Indian journal of veterinary science and animal husbandry - Volumes 15-17, 1948-1951
Year: 1948
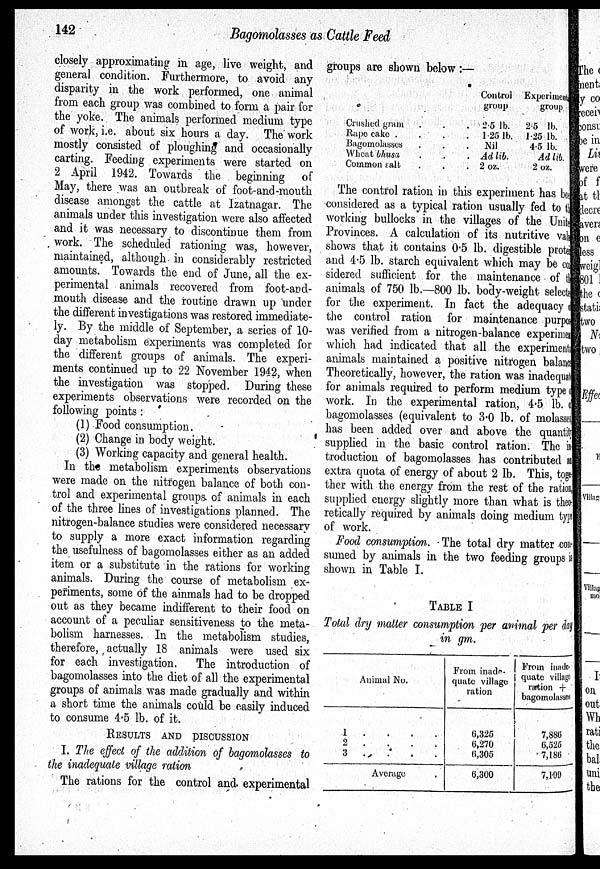
142
Bagomolasses as Cattle Feed
closely approximating in age, live weight, and
general condition. Furthermore, to avoid any
disparity in the work performed, one animal
from each group was combined to form a pair for
the yoke. The animals performed medium type
of work, i.e. about six hours a day. The work
mostly consisted of ploughing and occasionally
carting. Feeding experiments were started on
2 April 1942. Towards the beginning of
May, there was an outbreak of foot-and-mouth
disease amongst the cattle at Izatnagar. The
animals under this investigation were also affected
and it was necessary to discontinue them from
work. The scheduled rationing was, however,
maintained, although in considerably restricted
amounts. Towards the end of June, all the ex-
perimental animals recovered from foot-and-
mouth disease and the routine drawn up under
the different investigations was restored immediate-
ly. By the middle of September, a series of 10-
day metabolism experiments was completed for
the different groups of animals. The experi-
ments continued up to 22 November 1942, when
the investigation was stopped. During these
experiments observations were recorded on the
following points:
(1) Food consumption.
(2) Change in body weight.
(3) Working capacity and general health.
In the metabolism experiments observations
were made on the nitrogen balance of both con-
trol and experimental groups of animals in each
of the three lines of investigations planned. The
nitrogen-balance studies were considered necessary
to supply a more exact information regarding
the usefulness of bagomolasses either as an added
item or a substitute in the rations for working
animals. During the course of metabolism ex-
periments, some of the ainmals had to be dropped
out as they became indifferent to their food on
account of a peculiar sensitiveness to the meta-
bolism harnesses. In the metabolism studies,
therefore, actually 18 animals were used six
for each investigation.
The introduction of
bagomolasses into the diet of all the experimental
groups of animals was made gradually and within
a short time the animals could be easily induced
to consume 4.5 lb. of it.
RESULTS AND DISCUSSION
I. The effect of the addition of bagomolasses to
the inadequate village ration
The rations for the control and experimental
groups are shown below:—
Crushed gram . . .
Rape cake .
.
.
.
Bagomolasses . . .
Wheat bhusa . . .
Common salt . . .
Control
group
2.5 lb.
1.25 lb.
Nil
Ad lib.
2 oz.
Experiment
group
2.5 lb.
1.25 lb.
4.5 lb.
Ad lib.
2 oz.
The control ration in this experiment has been
considered as a typical ration usually fed to the
working bullocks in the villages of the United
Provinces. A calculation of its nutritive value
shows that it contains 0.5 lb. digestible protein
and 4.5 lb. starch equivalent which may be con¬
sidered sufficient for the maintenance of the
animals of 750 lb.—800 lb. body-weight selected
for the experiment. In fact the adequacy of
the control ration for maintenance purpose
was verified from a nitrogen-balance experiment
which had indicated that all the experimental
animals maintained a positive nitrogen balance
Theoretically, however, the ration was inadequate
for animals required to perform medium type of
work. In the experimental ration, 4.5 lb. of
bagomolasses (equivalent to 3.0 lb. of molasses
has been added over and above the quantity
supplied in the basic control ration. The i n
troduction of bagomolasses has contributed and
extra quota of energy of about 2 lb. This, toge¬
ther with the energy from the rest of the ration
supplied energy slightly more than what is theo-
retically required by animals doing medium type
of work.
Food consumption. The total dry matter con-
sumed by animals in the two feeding groups i s
shown in Table I.
TABLE I
Total dry matter consumption per animal per day
in gm.
1 . . . .
2 . . . .
3 . . . .
Average
From inade-
quate village
ration
6,325
6,270
6,305
6,300
From inade-
quate village
ration +
bagomolasses
7,886
6,525
7,186
7,199